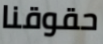
حقوقنا